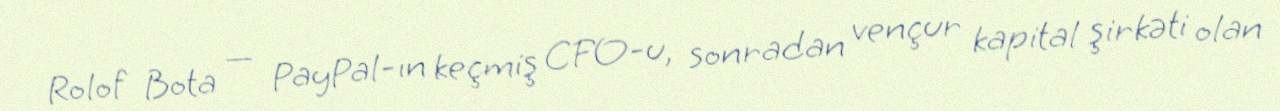
Rolof Bota — PayPal-ın keçmiş CFO-u, sonradan vençur kapital şirkəti olan